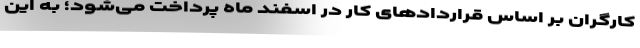
کارگران بر اساس قراردادهای کار در اسفند ماه پرداخت می‌شود؛ به این